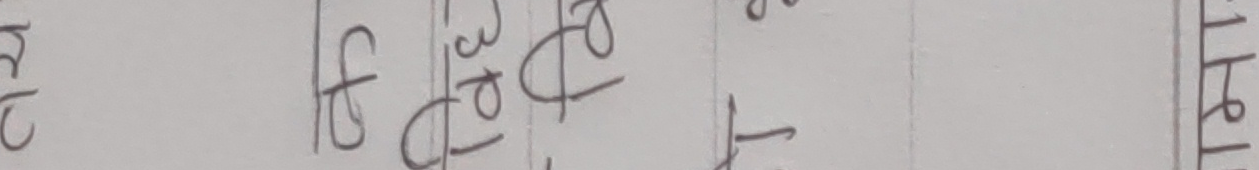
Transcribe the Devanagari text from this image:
एफ उर्दै त